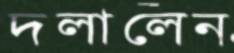
দলালেন